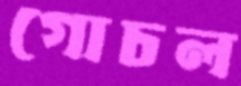
গোচল